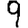
Digit: 9